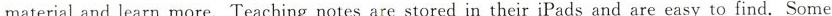
material and learn more. Teaching notes are stored in their iPads and are easy to find. Some